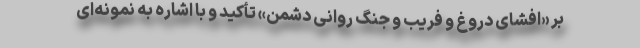
بر «افشای دروغ و فریب و جنگ روانی دشمن» تأکید و با اشاره به نمونه‌ای